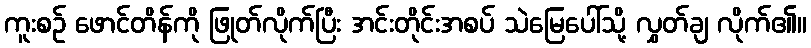
ကူးစဉ် ဖောင်တိန်ကို ဖြုတ်လိုက်ပြီး အင်းတိုင်းအစပ် သဲမြေပေါ်သို့ လွှတ်ချ လိုက်၏။